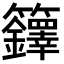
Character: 𮇁